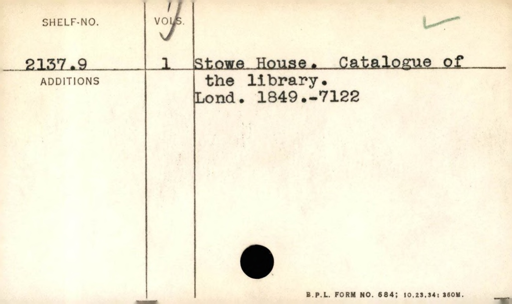
Label: content